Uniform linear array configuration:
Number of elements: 16
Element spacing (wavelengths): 1
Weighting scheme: kaiser
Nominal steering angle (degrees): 45
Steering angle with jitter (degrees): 43.947
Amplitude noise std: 0.05
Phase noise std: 0.05

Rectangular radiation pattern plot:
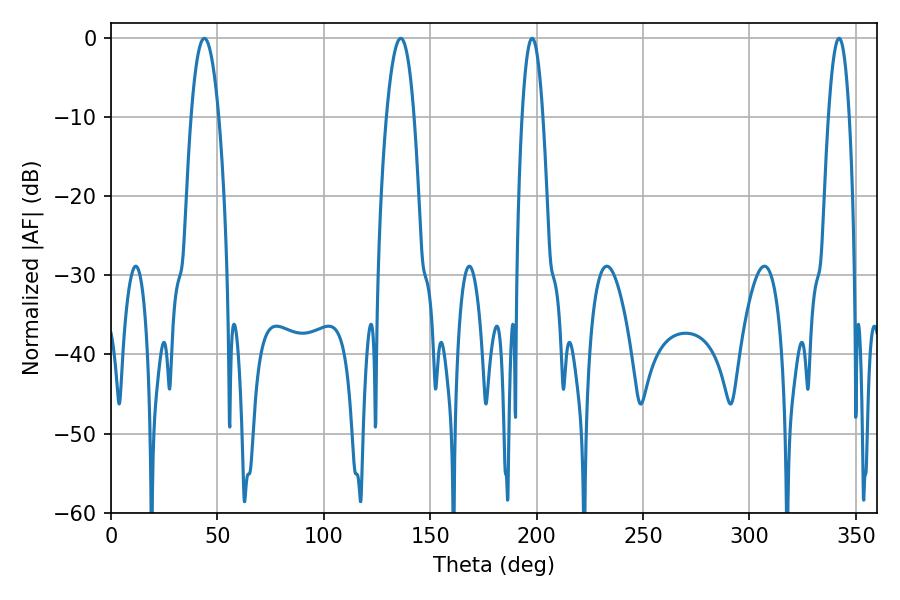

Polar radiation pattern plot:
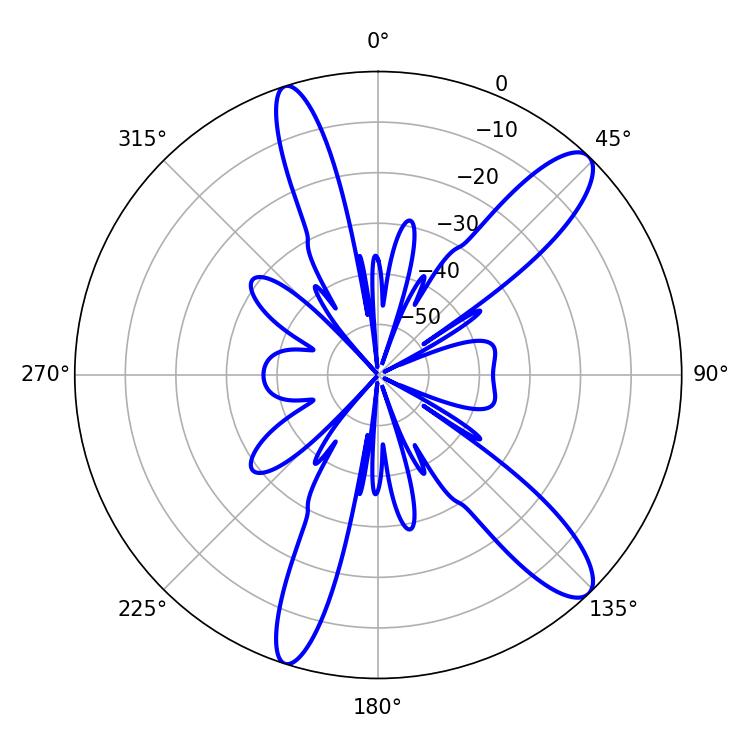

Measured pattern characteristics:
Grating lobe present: TRUE
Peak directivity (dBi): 12.076
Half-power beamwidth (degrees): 7.2
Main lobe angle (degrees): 43.92